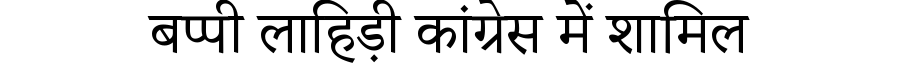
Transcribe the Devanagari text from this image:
बप्पी लाहिड़ी कांग्रेस में शामिल